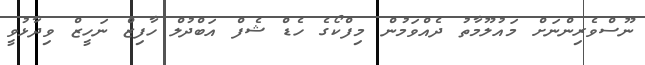
ނޫސްވެރިންނަށް މައުލޫމާތު ދެއްވަމުން މިފްކޯގެ ހެޑް ޝެފް އަބްދުލް ހާފިޒް ނަހީޒް ވިދާޅުވީ